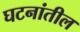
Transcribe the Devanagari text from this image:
घटनांतील